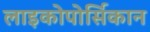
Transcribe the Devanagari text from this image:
लाइकोपोर्सिकान